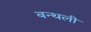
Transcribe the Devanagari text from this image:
बन्थली